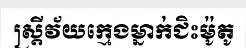
ស្ត្រីវ័យក្មេងម្នាក់ជិះម៉ូតូ